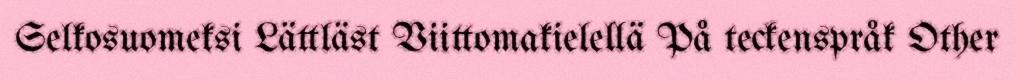
Selkosuomeksi Lättläst Viittomakielellä På teckenspråk Other